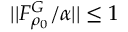
| | F _ { \rho _ { 0 } } ^ { G } / \alpha | | \leq 1